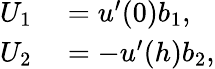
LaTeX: \begin{array}{rl}{U_{1}}&{{}=u^{\prime}(0)b_{1},}\\ {U_{2}}&{{}=-u^{\prime}(h)b_{2},}\end{array}